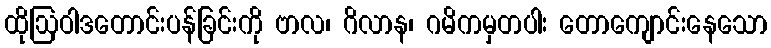
ထိုဩဝါဒတောင်းပန်ခြင်းကို ဗာလ၊ ဂိလာန၊ ဂမိကမှတပါး တောကျောင်းနေသော